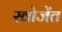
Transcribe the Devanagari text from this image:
खोजेंत